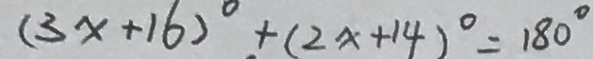
( 3 x + 1 6 ) ^ { \circ } + ( 2 x + 1 4 ) ^ { \circ } = 1 8 0 ^ { \circ }